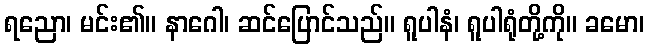
ရညော၊ မင်း၏။ နာဂေါ၊ ဆင်ပြောင်သည်။ ရူပါနံ၊ ရူပါရုံတို့ကို။ ခမော၊